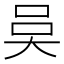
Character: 𭑍